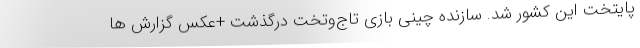
پایتخت این کشور شد. سازنده چینی بازی تاج‌وتخت درگذشت +عکس گزارش ها